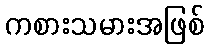
ကစားသမားအဖြစ်